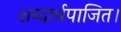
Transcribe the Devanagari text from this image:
शब्दार्थपाजित।